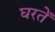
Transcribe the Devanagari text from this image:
घरतें